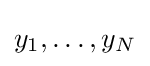
y_{1},\dots ,y_{N}